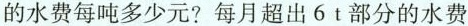
的水费每吨多少元?每月超出6t部分的水费